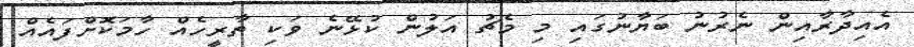
އެއިދާރާއިން ނެރުނު ބަޔާނުގައި މި މެޗު އަލުން ކުޅޭނެ ވަކި ތާރީހެއް ހާމަކޮށްފައެއް